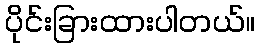
ပိုင်းခြားထားပါတယ်။